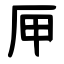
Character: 㕅